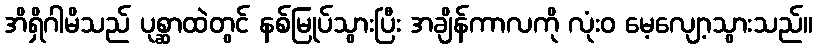
အိရှိဂါမိသည် ပုစ္ဆာထဲတွင် နစ်မြုပ်သွားပြီး အချိန်ကာလကို လုံးဝ မေ့လျော့သွားသည်။